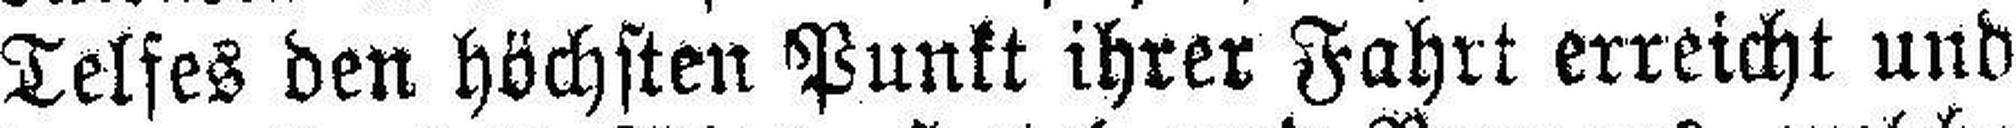
Telfes den höchsten Punkt ihrer Fahrt erreicht und